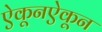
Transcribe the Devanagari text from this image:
ऐकूनऐकून